Report of the Municipal Commissioner on the plague in Bombay for the year ending 31st May... - Volume 3
Disease focus: Plague
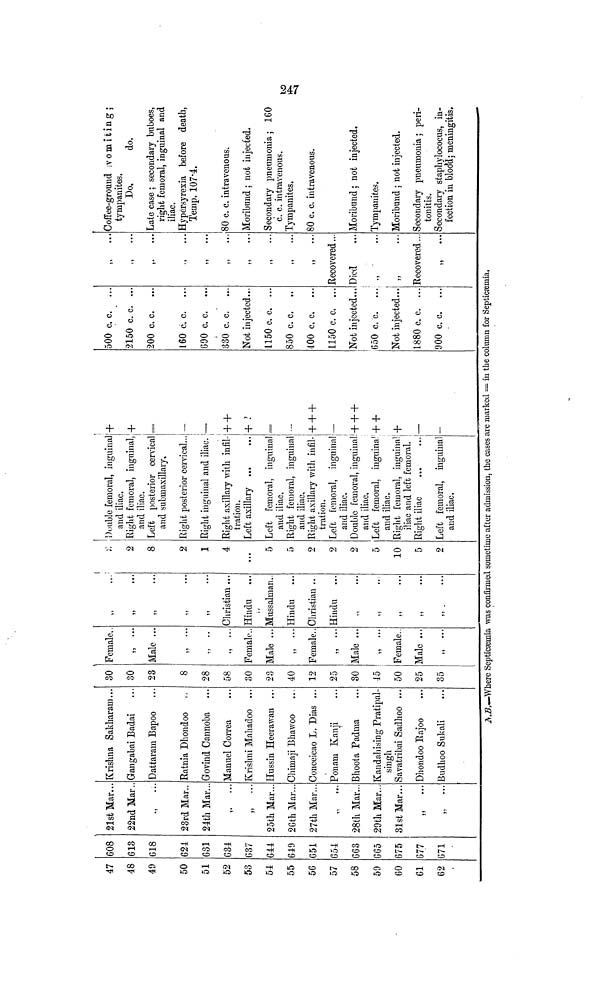
47
48
49
50
51
52
53
54
55
56
57
58
59
GO
61
62
608
613
618
624
631
634
637
644
649
651
654
663
665
675
677
671
21st Mar..
22nd Mar.
23rd Mar..
24th Mar..
,. •..
,, ...
25th Mar...
26th Mar...
27th Mar...
,, ...
28th Mar...
29th Mar...
31st Mar...
" ...
Krishna Sakharam...
Gangabai Badai
Dattaram Bapoo
Ratnia Dhondoo
Govind Cannoba
Manuel Correa
Krishni Mahadoo ...
Hussin Heerawan ...
Chimaji Bhawoo
Conceicao L. Dias ...
Ponam Kanji
Bhoota Padma
Kandahising Pratipal-
singh
Savatribai Sadhoo ...
Dhondoo Rajoo
Budhoo Sukali
30
30
23
8
28
58
30
23
40
12
25
30
45
50
25
35
Female,
,, ...
Male ...
" ...
" ...
" ...
Female.
Male ...
,, ...
Female..
,, ...
Male ...
" ...
Female..
Male ...
" ...
" ...
" ...
" ...
...
,,
...
Christian ...
Hindu
Mussalman..
Hindu
Christian ..
Hindu
.,
,,
...
,, ...
,, ...
(
2
8
2
1
4
...
5
5
2
2
2
5
10
5
2
Double femoral, inguinal
and iliac.
Right femoral, inguinal,
and iliac.
Left posterior cervical
and submaxillary.
Right posterior cervical...
Right inguinal and iliac.
Right axillary with infil-
tration.
Left axillary ...
Left femoral, inguinal
and iliac.
Right femoral, inguinal
and iliac.
Right axillary with infil-
tration.
Left femoral, inguinal
and iliac.
Double femoral, inguinal
and iliac.
Left femoral, inguinal
and iliac.
Right femoral, inguinal
iliac and left femoral.
Right iliac
Left femoral, inguinal
and iliac.
+
+
__
+ +
+ ?
+ + +
—
+ + +
+ +
+
—
—
500 c. c. ...
2150 c. c. ...
200 c. c. ...
160 c. c. ...
690 c. c. ...
330 c. c. ...
Not injected...
1150 c. c. ...
850 c. c.
400 c. c, ...
1150 c. c. ...
Not injected...
650 c. c.
Not injected...
1880 c, c. ...
900 c. c. ...
,,
.. •
.,
...
,.
...
,, ...
55
...
,, ...
„
,, ...
55
...
,,
...
Recovered...
Died
,,
...
,, ...
Recovered...
,,
...
Coffee-ground vomiting;
tympanites.
Do,
do.
Late case ; secondary buboes,
right femoral, inguinal and
iliac.
Hypersyrexia before death.
Temp. 107.4.
80 c. c. intravenous.
Moribund ; not injected.
Secondary pneumonia ; 160
c. c. intravenous.
Tympanites.
80 c. c. intravenous.
Moribund ; not injected.
Tympanites.
Moribund ; not injected.
Secondary pneumonia ; peri-
tonitis.
Secondary staphylococus, in-
fection in blood; meningitis.
N.B.—Where Septicæmia was confirmed sometime after admission, the cases are marked = in the column for Septicæmia.
247